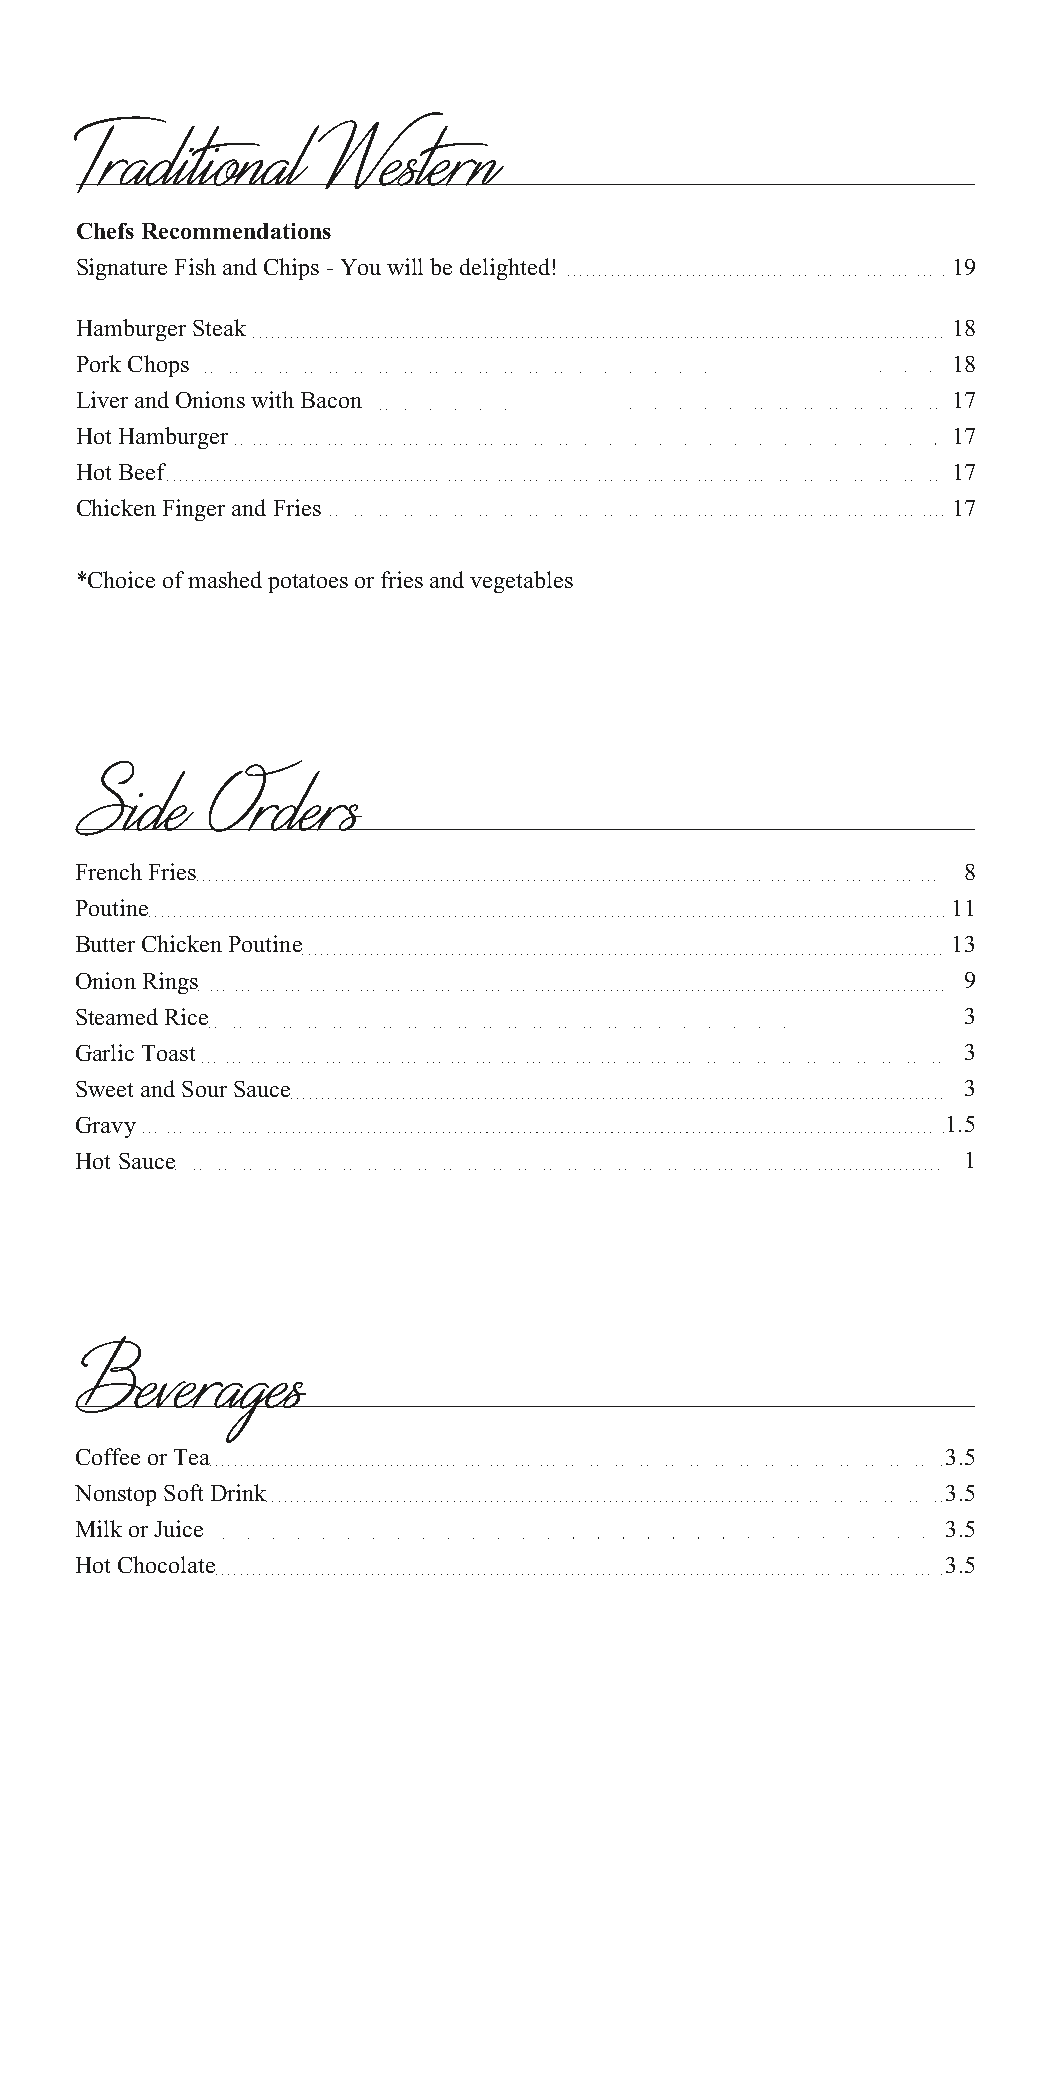
Traditional     Western
 Chefs Recommendations
 Signature Fish and Chips - You will be delighted!         19
 Hamburger Steak                                           18
 Pork Chops                                                18
 Liver and Onions with Bacon                               17
 Hot Hamburger                                             17
 Hot Beef                                                  17
 Chicken Finger and Fries                                  17
 *Choice of mashed potatoes or fries and vegetables
 Side     Orders
 French Fries                                               8
 Poutine                                                   11
 Butter Chicken Poutine                                    13
 Onion Rings                                                9
 Steamed Rice                                               3
 Garlic Toast                                               3
 Sweet and Sour Sauce                                       3
 Gravy                                                     1.5
 Hot Sauce                                                  1
 Beverages
 Coffee or Tea                                             3.5
 Nonstop Soft Drink                                        3.5
 Milk or Juice                                             3.5
 Hot Chocolate                                             3.5